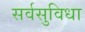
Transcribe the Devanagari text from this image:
सर्वसुविधा